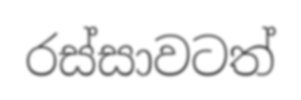
රස්සාවටත්